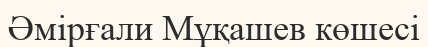
Әмірғали Мұқашев көшесі